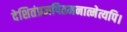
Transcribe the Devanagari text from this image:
देशितंप्रज्ञपितमनात्मेत्यपि।